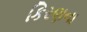
કિરણના